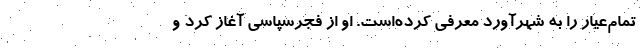
تمام‌عیار را به شهرآورد معرفی کرده‌است. او از فجرسپاسی آغاز کرد و